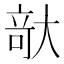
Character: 𪥘